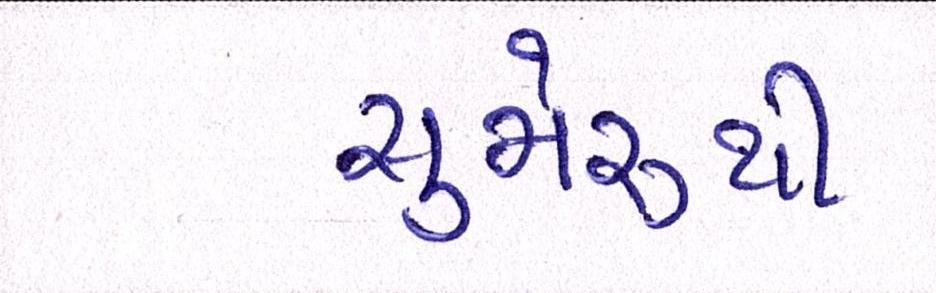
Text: સુમેરૂથી